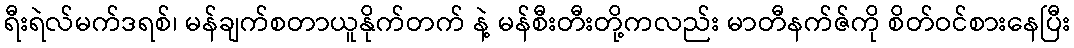
ရီးရဲလ်မက်ဒရစ်၊ မန်ချက်စတာယူနိုက်တက် နဲ့ မန်စီးတီးတို့ကလည်း မာတီနက်ဇ်ကို စိတ်ဝင်စားနေပြီး